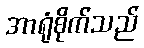
အာရုံစိုက်သည်